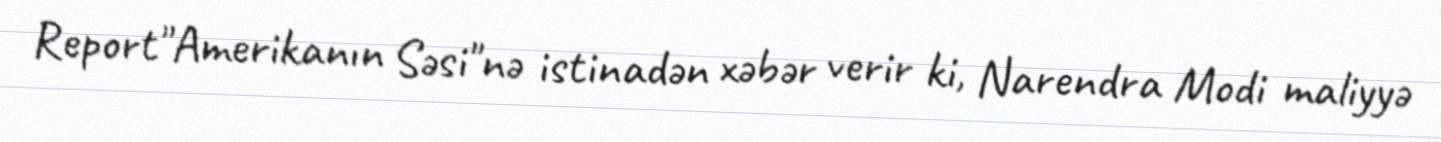
Report"Amerikanın Səsi"nə istinadən xəbər verir ki, Narendra Modi maliyyə